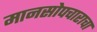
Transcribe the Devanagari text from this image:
मानसोपचाराचा